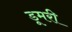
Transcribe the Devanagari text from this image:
डूमरी